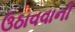
ઉઠાવવાની